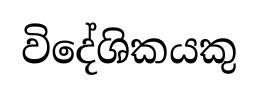
විදේශිකයකු